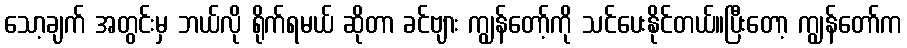
သော့ချက် အတွင်းမှ ဘယ်လို ရိုက်ရမယ် ဆိုတာ ခင်ဗျား ကျွန်တော့်ကို သင်ပေးနိုင်တယ်။ပြီးတော့ ကျွန်တော်က